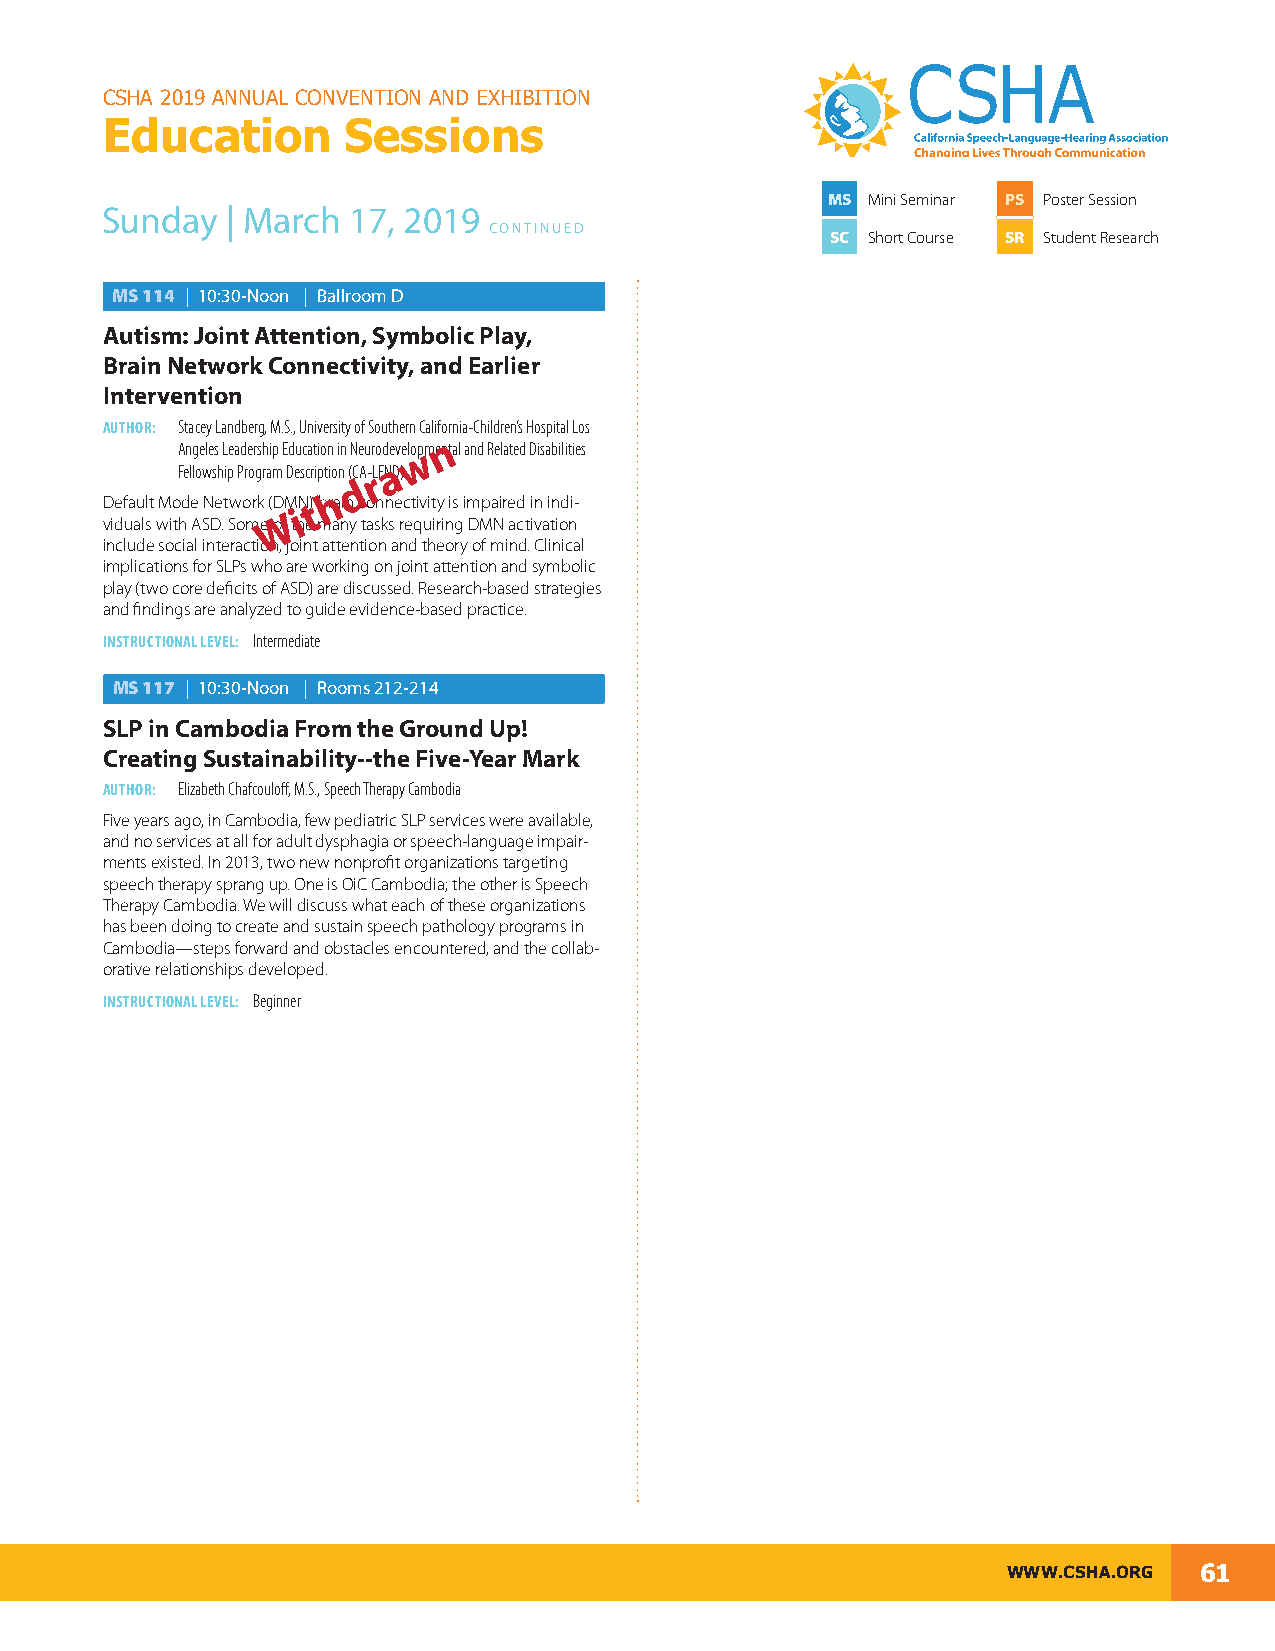
CSHA 2019 ANNUAL CONVENTION AND EXHIBITION
 Education       Sessions
 MS Mini Seminar PS Poster Session
 Sunday  | March 17, 2019
 CONTINUED
 SC Short Course SR Student Research
 MS 114 | 10:30-Noon | Ballroom D
 Autism: Joint Attention, Symbolic Play,
 Brain Network Connectivity, and Earlier
 Intervention
 AUTHOR: Stacey Landberg, M.S., University of Southern California-Children’s Hospital Los
 n
 Angeles Leadership Education in Neurodevelwopmental and Related Disabilities
 Fellowship Program Description (CA-rLENaD)
 d
 h
 Default Mode Network (DMNt) brain connectivity is impaired in indi-
 W i
 viduals with ASD. Some of the many tasks requiring DMN activation
 include social interaction, joint attention and theory of mind. Clinical
 implications for SLPs who are working on joint attention and symbolic
 play (two core deficits of ASD) are discussed. Research-based strategies
 and findings are analyzed to guide evidence-based practice.
 INSTRUCTIONAL LEVEL: Intermediate
 MS 117 | 10:30-Noon | Rooms 212-214
 SLP in Cambodia From the Ground Up!
 Creating Sustainability--the Five-Year Mark
 AUTHOR: Elizabeth Chafcouloff, M.S., Speech Therapy Cambodia
 Five years ago, in Cambodia, few pediatric SLP services were available,
 and no services at all for adult dysphagia or speech-language impair-
 ments existed. In 2013, two new nonprofit organizations targeting
 speech therapy sprang up. One is OiC Cambodia; the other is Speech
 Therapy Cambodia. We will discuss what each of these organizations
 has been doing to create and sustain speech pathology programs in
 Cambodia—steps forward and obstacles encountered, and the collab-
 orative relationships developed.
 INSTRUCTIONAL LEVEL: Beginner
 WWW.CSHA.ORG 61